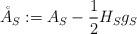
LaTeX: \begin{align*}\mathring{A}_S:= A_S - \frac{1}{2} H_S g_S\end{align*}